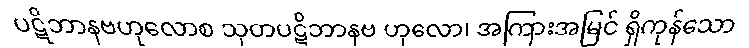
ပဋိဘာနဗဟုလောစ သုတပဋိဘာနဗ ဟုလော၊ အကြားအမြင် ရှိကုန်သော